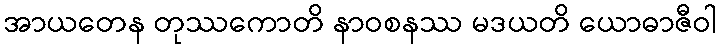
အာယတေန တုဿကောတိ နာဝစနဿ မဒယတိ ယောဓာဇီဝါ